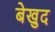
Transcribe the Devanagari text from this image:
बेखुद